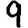
Digit: 9